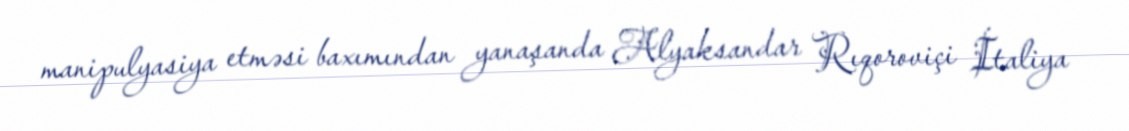
manipulyasiya etməsi baxımından yanaşanda Alyaksandar Rıqoroviçi İtaliya